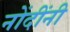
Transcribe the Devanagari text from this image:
नोंदींनी